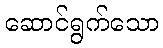
ဆောင်ရွက်သော